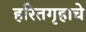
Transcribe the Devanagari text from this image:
हरितगृहाचे